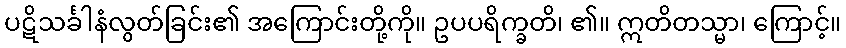
ပဋိသင်္ခါနံလွတ်ခြင်း၏ အကြောင်းတို့ကို။ ဥပပရိက္ခတိ၊ ၏။ ဣတိတသ္မာ၊ ကြောင့်။